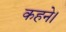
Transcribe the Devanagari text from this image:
कहने।